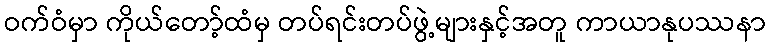
ဝက်ဝံမှာ ကိုယ်တော့်ထံမှ တပ်ရင်းတပ်ဖွဲ့များနှင့်အတူ ကာယာနုပဿနာ